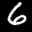
Label: 6